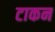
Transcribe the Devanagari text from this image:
टाकन